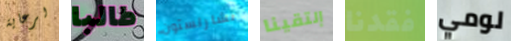
لرعاية طالبا تشارلستون إلتقينا فقدنا لومي